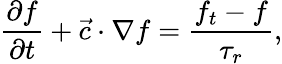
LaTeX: \frac{\partial f}{\partial t}+\vec{c}\cdot\nabla f=\frac{{{f}_{t}}-f}{{{\tau}_{r}}},